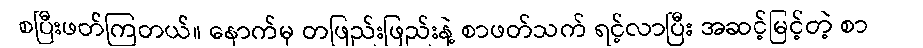
စပြီးဖတ်ကြတယ်။ နောက်မှ တဖြည်းဖြည်းနဲ့ စာဖတ်သက် ရင့်လာပြီး အဆင့်မြင့်တဲ့ စာ